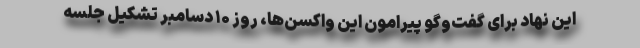
این نهاد برای گفت‌وگو پیرامون این واکسن‌ها، روز ۱۰ دسامبر تشکیل جلسه